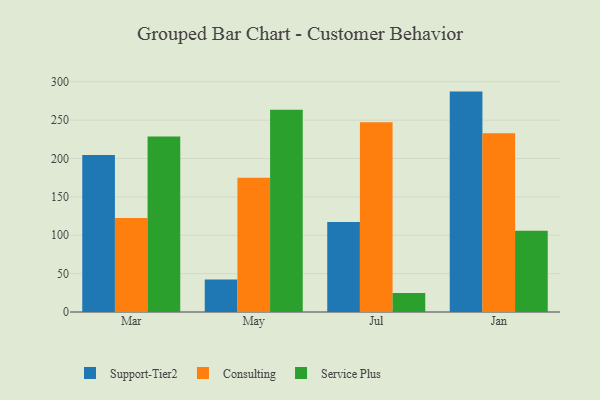
{"axis": {"x": "Month", "y": "Page Views"}, "legend": ["Consulting", "Service Plus", "Support-Tier2"], "data": [{"x": "Mar", "y": 204.6, "type": "Support-Tier2"}, {"x": "Mar", "y": 122.6, "type": "Consulting"}, {"x": "Mar", "y": 228.6, "type": "Service Plus"}, {"x": "May", "y": 42.4, "type": "Support-Tier2"}, {"x": "May", "y": 175.1, "type": "Consulting"}, {"x": "May", "y": 263.7, "type": "Service Plus"}, {"x": "Jul", "y": 117.4, "type": "Support-Tier2"}, {"x": "Jul", "y": 247.1, "type": "Consulting"}, {"x": "Jul", "y": 24.6, "type": "Service Plus"}, {"x": "Jan", "y": 287.2, "type": "Support-Tier2"}, {"x": "Jan", "y": 232.9, "type": "Consulting"}, {"x": "Jan", "y": 105.8, "type": "Service Plus"}]}